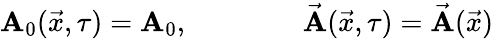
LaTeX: \mathbf{A}_{0}(\vec{{x}},\tau)=\mathbf{A}_{0},\qquad\qquad\vec{{\mathbf{A}}}(\vec{{x}},\tau)=\vec{{\mathbf{A}}}(\vec{{x}})